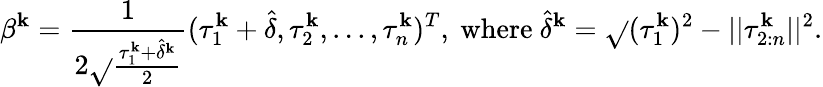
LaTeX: \beta^{\mathbf{k}}=\frac{{1}}{{2\sqrt{}{{\frac{{\tau_{1}^{\mathbf{k}}+\hat{{\delta}}^{\mathbf{k}}}}{{2}}}}}}(\tau_{1}^{\mathbf{k}}+\hat{{\delta}},\tau_{2}^{\mathbf{k}},...,\tau_{n}^{\mathbf{k}})^{T},\mathrm{{~where~}}\hat{{\delta}}^{\mathbf{k}}=\sqrt{}{{(\tau_{1}^{\mathbf{k}})^{2}-||\tau_{2:n}^{\mathbf{k}}||^{2}}}.